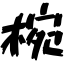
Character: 椀